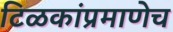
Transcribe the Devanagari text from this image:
टिळकांप्रमाणेच